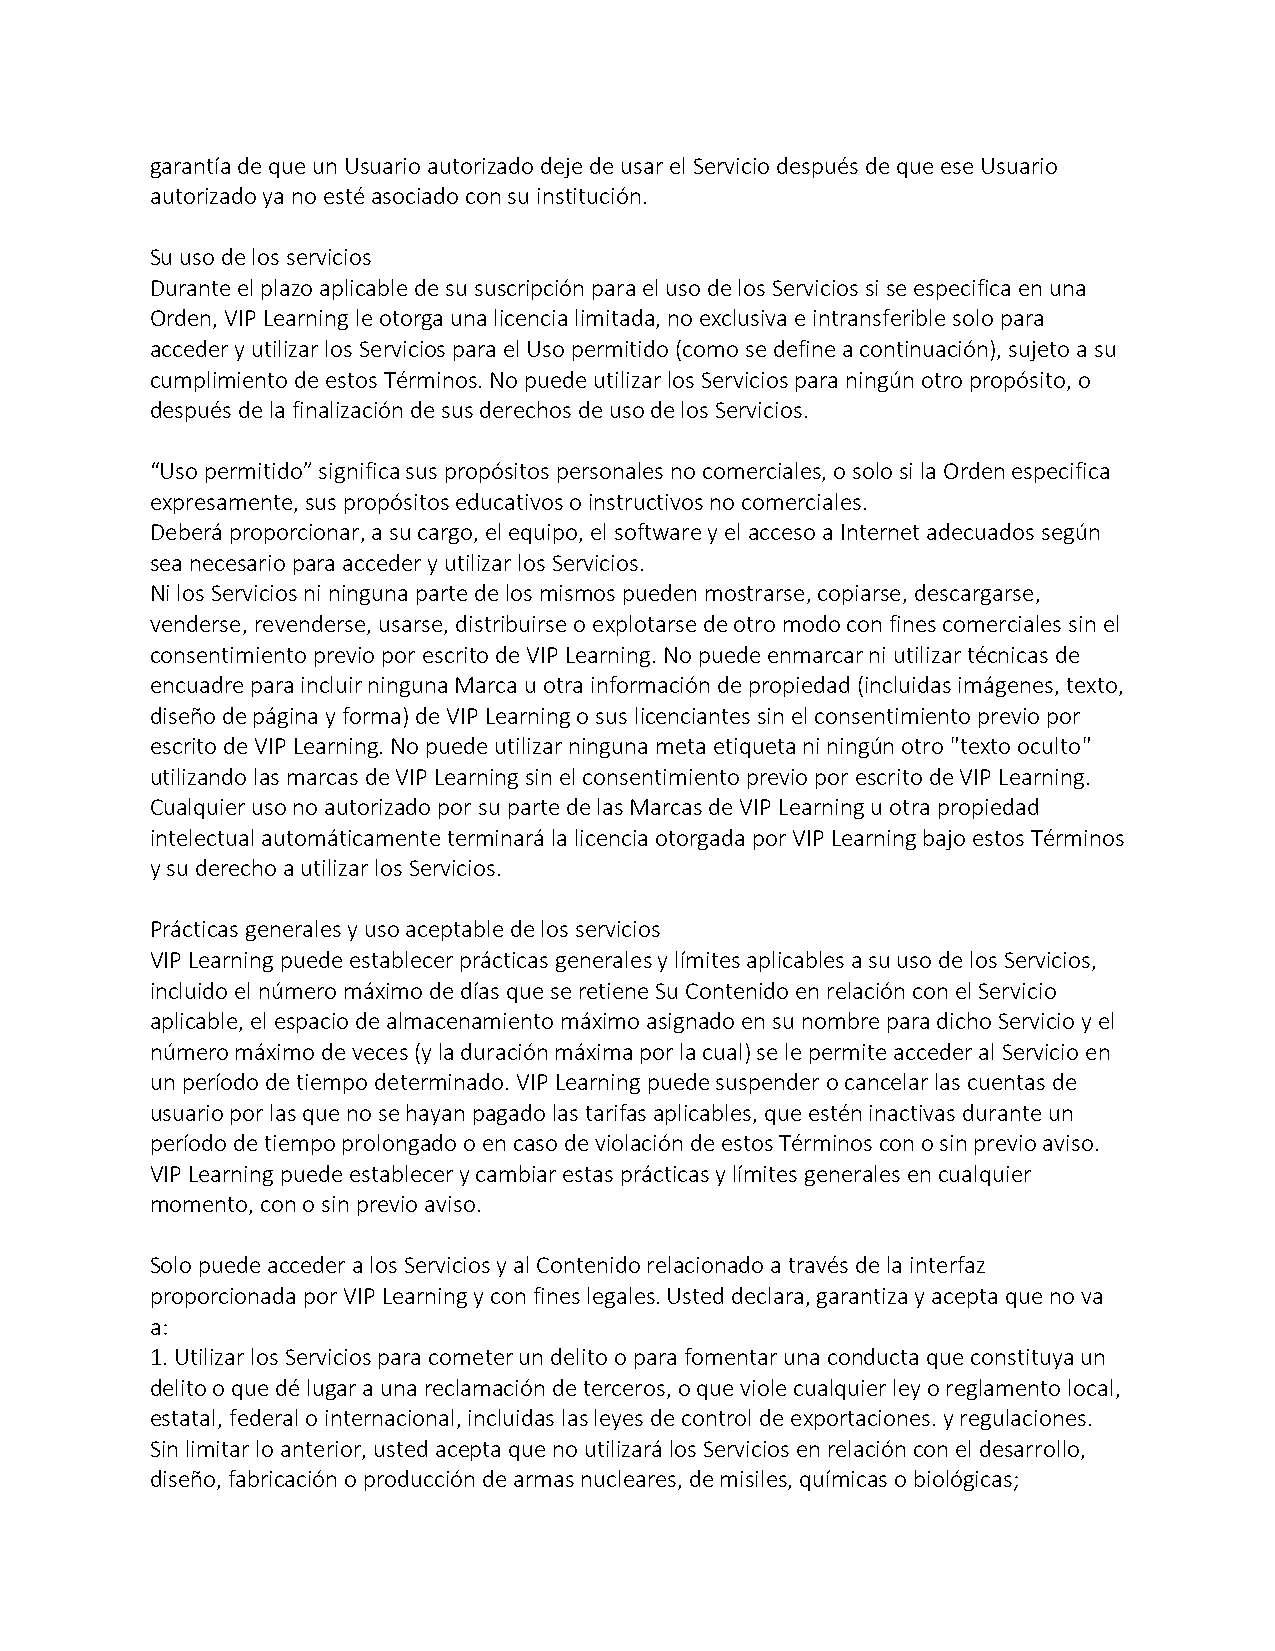
garantía de que un Usuario autorizado deje de usar el Servicio después de que ese Usuario
 autorizado ya no esté asociado con su institución.
 Su uso de los servicios
 Durante el plazo aplicable de su suscripción para el uso de los Servicios si se especifica en una
 Orden, VIP Learning le otorga una licencia limitada, no exclusiva e intransferible solo para
 acceder y utilizar los Servicios para el Uso permitido (como se define a continuación), sujeto a su
 cumplimiento de estos Términos. No puede utilizar los Servicios para ningún otro propósito, o
 después de la finalización de sus derechos de uso de los Servicios.
 “Uso permitido” significa sus propósitos personales no comerciales, o solo si la Orden especifica
 expresamente, sus propósitos educativos o instructivos no comerciales.
 Deberá proporcionar, a su cargo, el equipo, el software y el acceso a Internet adecuados según
 sea necesario para acceder y utilizar los Servicios.
 Ni los Servicios ni ninguna parte de los mismos pueden mostrarse, copiarse, descargarse,
 venderse, revenderse, usarse, distribuirse o explotarse de otro modo con fines comerciales sin el
 consentimiento previo por escrito de VIP Learning. No puede enmarcar ni utilizar técnicas de
 encuadre para incluir ninguna Marca u otra información de propiedad (incluidas imágenes, texto,
 diseño de página y forma) de VIP Learning o sus licenciantes sin el consentimiento previo por
 escrito de VIP Learning. No puede utilizar ninguna meta etiqueta ni ningún otro "texto oculto"
 utilizando las marcas de VIP Learning sin el consentimiento previo por escrito de VIP Learning.
 Cualquier uso no autorizado por su parte de las Marcas de VIP Learning u otra propiedad
 intelectual automáticamente terminará la licencia otorgada por VIP Learning bajo estos Términos
 y su derecho a utilizar los Servicios.
 Prácticas generales y uso aceptable de los servicios
 VIP Learning puede establecer prácticas generales y límites aplicables a su uso de los Servicios,
 incluido el número máximo de días que se retiene Su Contenido en relación con el Servicio
 aplicable, el espacio de almacenamiento máximo asignado en su nombre para dicho Servicio y el
 número máximo de veces (y la duración máxima por la cual) se le permite acceder al Servicio en
 un período de tiempo determinado. VIP Learning puede suspender o cancelar las cuentas de
 usuario por las que no se hayan pagado las tarifas aplicables, que estén inactivas durante un
 período de tiempo prolongado o en caso de violación de estos Términos con o sin previo aviso.
 VIP Learning puede establecer y cambiar estas prácticas y límites generales en cualquier
 momento, con o sin previo aviso.
 Solo puede acceder a los Servicios y al Contenido relacionado a través de la interfaz
 proporcionada por VIP Learning y con fines legales. Usted declara, garantiza y acepta que no va
 a:
 1. Utilizar los Servicios para cometer un delito o para fomentar una conducta que constituya un
 delito o que dé lugar a una reclamación de terceros, o que viole cualquier ley o reglamento local,
 estatal, federal o internacional, incluidas las leyes de control de exportaciones. y regulaciones.
 Sin limitar lo anterior, usted acepta que no utilizará los Servicios en relación con el desarrollo,
 diseño, fabricación o producción de armas nucleares, de misiles, químicas o biológicas;